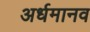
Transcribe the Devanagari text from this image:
अर्धमानव